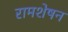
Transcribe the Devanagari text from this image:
रामशेषन